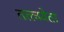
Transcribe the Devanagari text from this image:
तत्त्ववेता